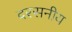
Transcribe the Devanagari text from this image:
दरसनीय